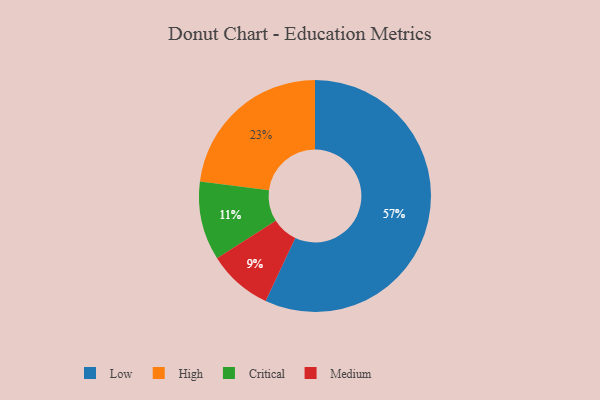
{"axis": {"x": "Category", "y": "Percentage"}, "legend": ["Critical", "High", "Low", "Medium"], "data": [{"x": "High", "y": 23, "type": "High"}, {"x": "Critical", "y": 11, "type": "Critical"}, {"x": "Medium", "y": 9, "type": "Medium"}, {"x": "Low", "y": 57, "type": "Low"}]}